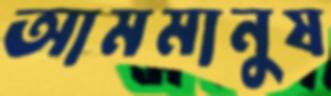
আমমানুষ